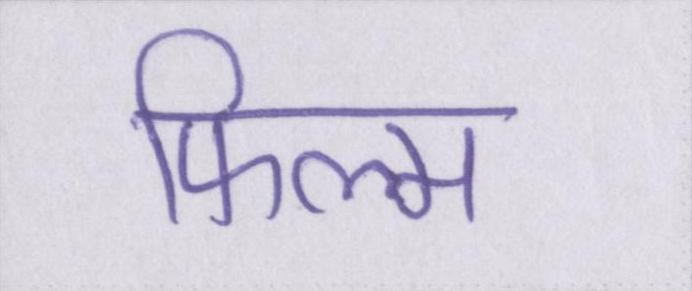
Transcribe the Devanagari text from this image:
फिल्म